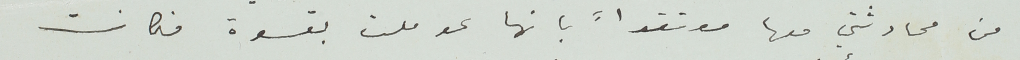
من محادثتي معها معتقداً بانها عوملت بقسوة فكانت